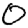
Digit: 0